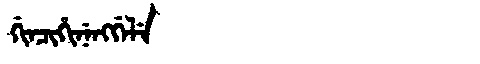
Manchu: ᡤᡳᠨᠴᡳᡥᡳᠨᡝᠩᡤᡝᠯᡝ
Romanization: GINCIHINENGGELE